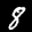
Label: 8